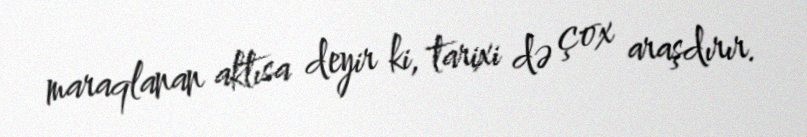
maraqlanan aktısa deyir ki, tarixi də çox araşdırır.